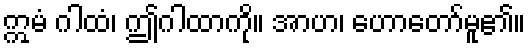
ဣမံ ဂါထံ၊ ဤဂါထာကို။ အာဟ၊ ဟောတော်မူ၏။